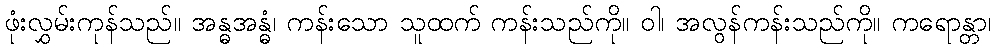
ဖုံးလွှမ်းကုန်သည်။ အန္ဓအန္ဓံ၊ ကန်းသော သူထက် ကန်းသည်ကို။ ဝါ၊ အလွန်ကန်းသည်ကို။ ကရောန္တာ၊